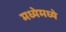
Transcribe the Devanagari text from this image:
मध्येमध्ये